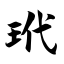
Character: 玳